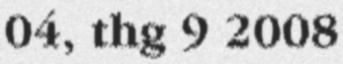
04, thg 9 2008